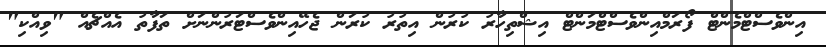
އިންވެސްޓްމެންޓް ފޯރަމްއިންވެސްޓްމަންޓް އިޝްތިހާރު ކުރުން އިތުރު ކުރަން ޖެހޭއިންވެސްޓަރުންނަށް ތަފާތު އެއްޗެއް "ވިއްކި"